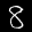
Label: 8